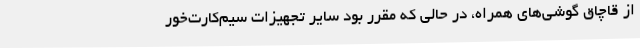
از قاچاق گوشی‌های همراه، در حالی که مقرر بود سایر تجهیزات سیم‌کارت‌خور